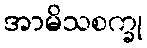
အာမိသစက္ခု